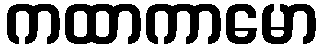
ကထာကာမော